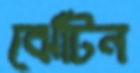
ঝোঁটন